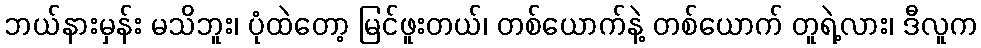
ဘယ်နားမှန်း မသိဘူး၊ ပုံထဲတော့ မြင်ဖူးတယ်၊ တစ်ယောက်နဲ့ တစ်ယောက် တူရဲ့လား၊ ဒီလူက